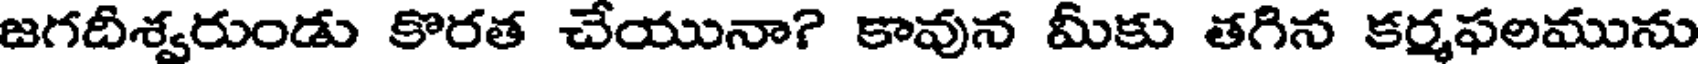
జగదిశ్వరుండు కొరత చేయునా? కావున మీకు తగిన కర్మఫలమును